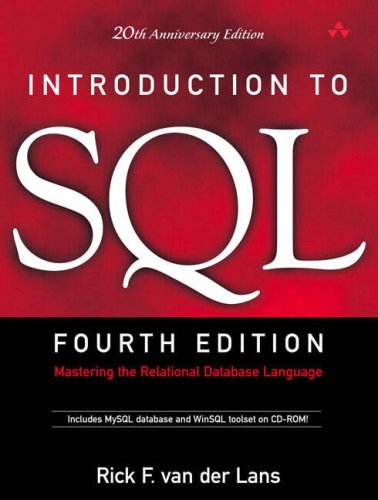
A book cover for Introduction to SQL: Mastering the Relational Database Language (4th Edition); Rick F. van der Lans; Computers & Technology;